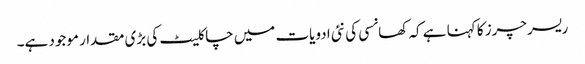
ریسرچرز کا کہنا ہے کہ کھانسی کی نئی ادویات میں چاکلیٹ کی بڑی مقدار موجود ہے۔